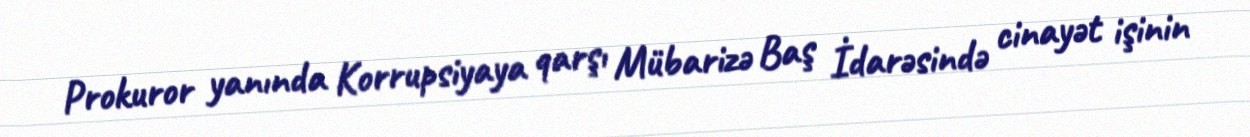
Prokuror yanında Korrupsiyaya qarşı Mübarizə Baş İdarəsində cinayət işinin